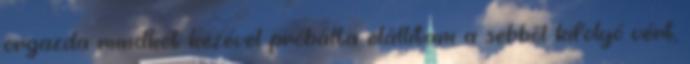
orgazda mindkét kezével próbálta elállítani a sebből kifolyó vért,